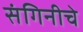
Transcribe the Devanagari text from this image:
संगिनीचे